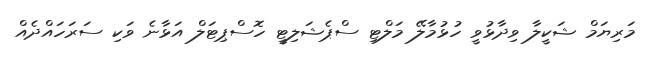
މަރިޔަމް ޝަކީލާ ވިދާޅުވީ ހުޅުމާލޭ މަލްޓި ސްޕެޝަލިޓީ ހޮސްޕިޓަލް އަޅާނެ ވަކި ސަރަހައްދެއް